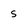
Character: 5